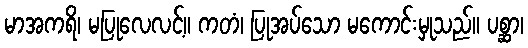
မာအကရိ၊ မပြုလေလင့်။ ကတံ၊ ပြုအပ်သော မကောင်းမှုသည်။ ပစ္ဆာ၊